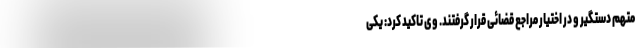
متهم دستگیر و در اختیار مراجع قضائی قرار گرفتند. وی تاکید کرد: یکی